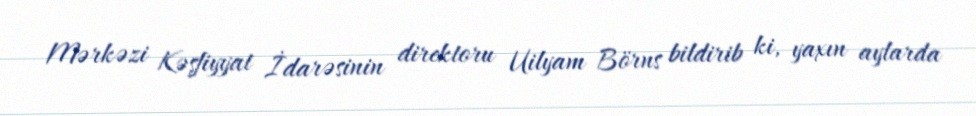
Mərkəzi Kəşfiyyat İdarəsinin direktoru Uilyam Börns bildirib ki, yaxın aylarda